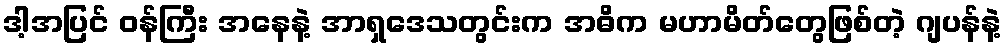
ဒါ့အပြင် ဝန်ကြီး အနေနဲ့ အာရှဒေသတွင်းက အဓိက မဟာမိတ်တွေဖြစ်တဲ့ ဂျပန်နဲ့